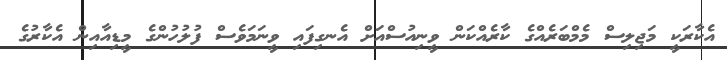
އެކާރަކީ މަޖިލިސް މެމްބަރެއްގެ ކާރެއްކަން ވީނިއުސްއަށް އެނގިފައި ވީނަމަވެސް ފުލުހުންގެ މީޑިއާއިން އެކާރުގެ